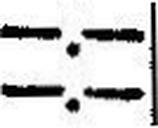
—.—